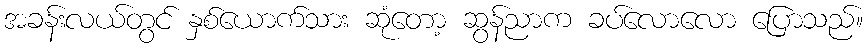
အခန်းလယ်တွင် နှစ်ယောက်သား ဆုံတော့ ဆွန်ညာက ခပ်လောလော ပြောသည်။